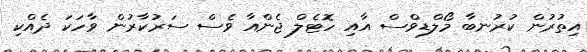
އިތުރުން ކުރުނބާ މޯލްޑިވްސް އާއި ހޮޓެލް ޖެންއާ ވެސް ސަރުކާރުން ވާހަކަ ދެއްކި